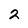
Character: 2